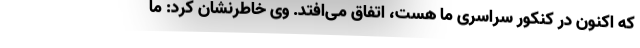
که اکنون در کنکور سراسری ما هست، اتفاق می‌افتد. وی خاطرنشان کرد: ما